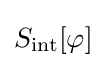
S_{\text{int}}[\varphi ]